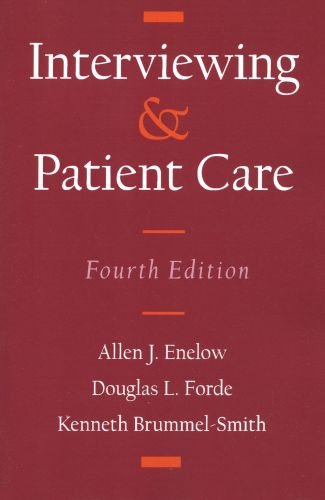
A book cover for Interviewing and Patient Care; Allen J. Enelow; Medical Books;